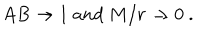
LaTeX: A B \rightarrow 1 \ a n d \ M / r \rightarrow 0 \ .